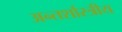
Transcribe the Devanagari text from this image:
अन्तर्शास्त्रीय